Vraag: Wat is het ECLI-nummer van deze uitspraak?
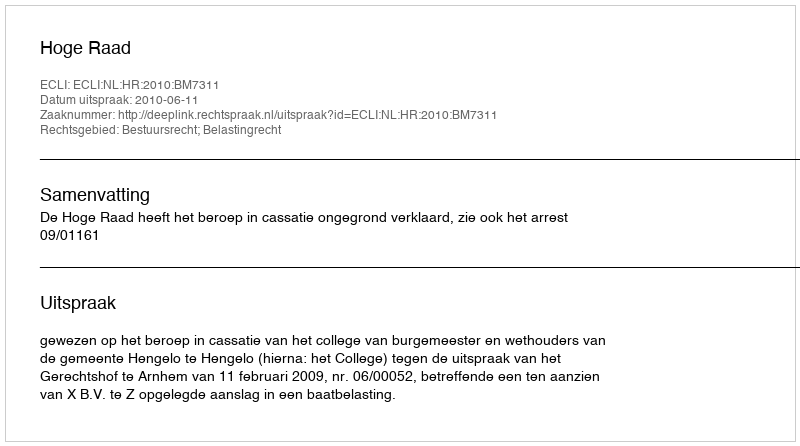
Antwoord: ECLI:NL:HR:2010:BM7311